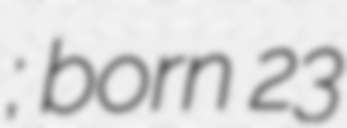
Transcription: ; born 23